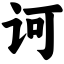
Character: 诃